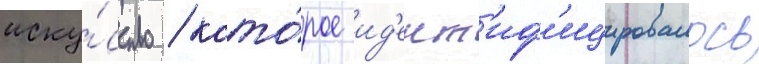
иску́сство / кото́рое ид'ент'иф'ицировалось